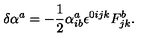
\delta \alpha ^ { a } = - \frac { 1 } { 2 } \alpha _ { i b } ^ { a } \epsilon ^ { 0 i j k } F _ { j k } ^ { b } .